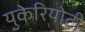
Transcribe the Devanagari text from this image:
युकेरियोटी